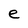
Character: e